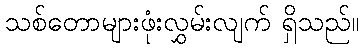
သစ်တောများဖုံးလွှမ်းလျက် ရှိသည်။